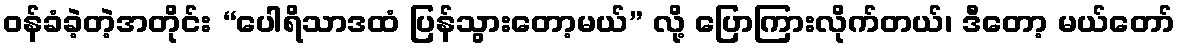
ဝန်ခံခဲ့တဲ့အတိုင်း “ပေါရိသာဒထံ ပြန်သွားတော့မယ်” လို့ ပြောကြားလိုက်တယ်၊ ဒီတော့ မယ်တော်